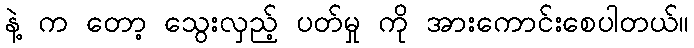
နဲ့ က တော့ သွေးလှည့် ပတ်မှု ကို အားကောင်းစေပါတယ်။